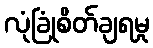
လုံခြုံစိတ်ချရမှု